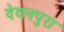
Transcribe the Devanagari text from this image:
देवनपुरा